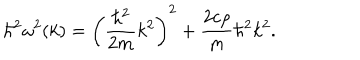
\hbar ^ { 2 } \omega ^ { 2 } ( k ) = \left( \displaystyle \frac { \hbar ^ { 2 } } { 2 m } k ^ { 2 } \right) ^ { 2 } + \frac { 2 c \rho } { m } \hbar ^ { 2 } k ^ { 2 } .